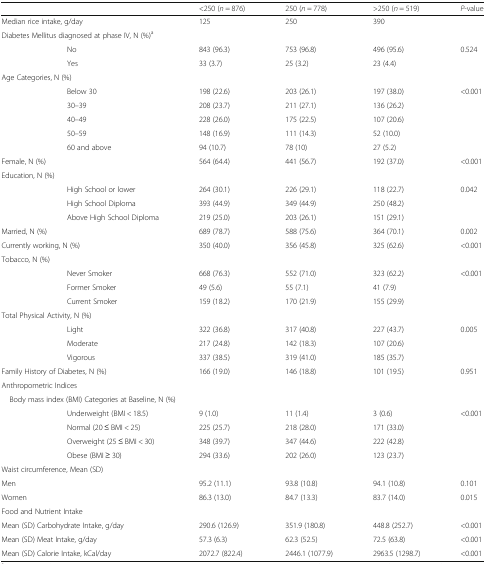
<table><thead><tr><td></td><td></td><td><b>&lt;250 (<i>n</i> = 876)</b></td><td><b>250 (<i>n</i> = 778)</b></td><td><b>&gt;250 (<i>n</i> = 519)</b></td><td><b><i>P</i>-value</b></td></tr></thead><tbody><tr><td colspan="2">Median rice intake, g/day</td><td>125</td><td>250</td><td>390</td><td></td></tr><tr><td colspan="6">Diabetes Mellitus diagnosed at phase IV, N (%)<sup>a</sup></td></tr><tr><td></td><td>No</td><td>843 (96.3)</td><td>753 (96.8)</td><td>496 (95.6)</td><td rowspan="2">0.524</td></tr><tr><td></td><td>Yes</td><td>33 (3.7)</td><td>25 (3.2)</td><td>23 (4.4)</td></tr><tr><td colspan="6">Age Categories, N (%)</td></tr><tr><td></td><td>Below 30</td><td>198 (22.6)</td><td>203 (26.1)</td><td>197 (38.0)</td><td rowspan="5">&lt;0.001</td></tr><tr><td></td><td>30–39</td><td>208 (23.7)</td><td>211 (27.1)</td><td>136 (26.2)</td></tr><tr><td></td><td>40–49</td><td>228 (26.0)</td><td>175 (22.5)</td><td>107 (20.6)</td></tr><tr><td></td><td>50–59</td><td>148 (16.9)</td><td>111 (14.3)</td><td>52 (10.0)</td></tr><tr><td></td><td>60 and above</td><td>94 (10.7)</td><td>78 (10)</td><td>27 (5.2)</td></tr><tr><td colspan="2">Female, N (%)</td><td>564 (64.4)</td><td>441 (56.7)</td><td>192 (37.0)</td><td>&lt;0.001</td></tr><tr><td colspan="6">Education, N (%)</td></tr><tr><td></td><td>High School or lower</td><td>264 (30.1)</td><td>226 (29.1)</td><td>118 (22.7)</td><td rowspan="3">0.042</td></tr><tr><td></td><td>High School Diploma</td><td>393 (44.9)</td><td>349 (44.9)</td><td>250 (48.2)</td></tr><tr><td></td><td>Above High School Diploma</td><td>219 (25.0)</td><td>203 (26.1)</td><td>151 (29.1)</td></tr><tr><td colspan="2">Married, N (%)</td><td>689 (78.7)</td><td>588 (75.6)</td><td>364 (70.1)</td><td>0.002</td></tr><tr><td colspan="2">Currently working, N (%)</td><td>350 (40.0)</td><td>356 (45.8)</td><td>325 (62.6)</td><td>&lt;0.001</td></tr><tr><td colspan="6">Tobacco, N (%)</td></tr><tr><td></td><td>Never Smoker</td><td>668 (76.3)</td><td>552 (71.0)</td><td>323 (62.2)</td><td rowspan="3">&lt;0.001</td></tr><tr><td></td><td>Former Smoker</td><td>49 (5.6)</td><td>55 (7.1)</td><td>41 (7.9)</td></tr><tr><td></td><td>Current Smoker</td><td>159 (18.2)</td><td>170 (21.9)</td><td>155 (29.9)</td></tr><tr><td colspan="6">Total Physical Activity, N (%)</td></tr><tr><td></td><td>Light</td><td>322 (36.8)</td><td>317 (40.8)</td><td>227 (43.7)</td><td rowspan="3">0.005</td></tr><tr><td></td><td>Moderate</td><td>217 (24.8)</td><td>142 (18.3)</td><td>107 (20.6)</td></tr><tr><td></td><td>Vigorous</td><td>337 (38.5)</td><td>319 (41.0)</td><td>185 (35.7)</td></tr><tr><td colspan="2">Family History of Diabetes, N (%)</td><td>166 (19.0)</td><td>146 (18.8)</td><td>101 (19.5)</td><td>0.951</td></tr><tr><td colspan="6">Anthropometric Indices</td></tr><tr><td colspan="6"> Body mass index (BMI) Categories at Baseline, N (%)</td></tr><tr><td></td><td>Underweight (BMI &lt; 18.5)</td><td>9 (1.0)</td><td>11 (1.4)</td><td>3 (0.6)</td><td rowspan="4">&lt;0.001</td></tr><tr><td></td><td>Normal (20 ≤ BMI &lt; 25)</td><td>225 (25.7)</td><td>218 (28.0)</td><td>171 (33.0)</td></tr><tr><td></td><td>Overweight (25 ≤ BMI &lt; 30)</td><td>348 (39.7)</td><td>347 (44.6)</td><td>222 (42.8)</td></tr><tr><td></td><td>Obese (BMI ≥ 30)</td><td>294 (33.6)</td><td>202 (26.0)</td><td>123 (23.7)</td></tr><tr><td colspan="6">Waist circumference, Mean (SD)</td></tr><tr><td>Men</td><td></td><td>95.2 (11.1)</td><td>93.8 (10.8)</td><td>94.1 (10.8)</td><td>0.101</td></tr><tr><td>Women</td><td></td><td>86.3 (13.0)</td><td>84.7 (13.3)</td><td>83.7 (14.0)</td><td>0.015</td></tr><tr><td colspan="6">Food and Nutrient Intake</td></tr><tr><td colspan="2">Mean (SD) Carbohydrate Intake, g/day</td><td>290.6 (126.9)</td><td>351.9 (180.8)</td><td>448.8 (252.7)</td><td>&lt;0.001</td></tr><tr><td colspan="2">Mean (SD) Meat Intake, g/day</td><td>57.3 (6.3)</td><td>62.3 (52.5)</td><td>72.5 (63.8)</td><td>&lt;0.001</td></tr><tr><td colspan="2">Mean (SD) Calorie Intake, kCal/day</td><td>2072.7 (822.4)</td><td>2446.1 (1077.9)</td><td>2963.5 (1298.7)</td><td>&lt;0.001</td></tr></tbody></table>